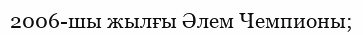
2006-шы жылғы Әлем Чемпионы;